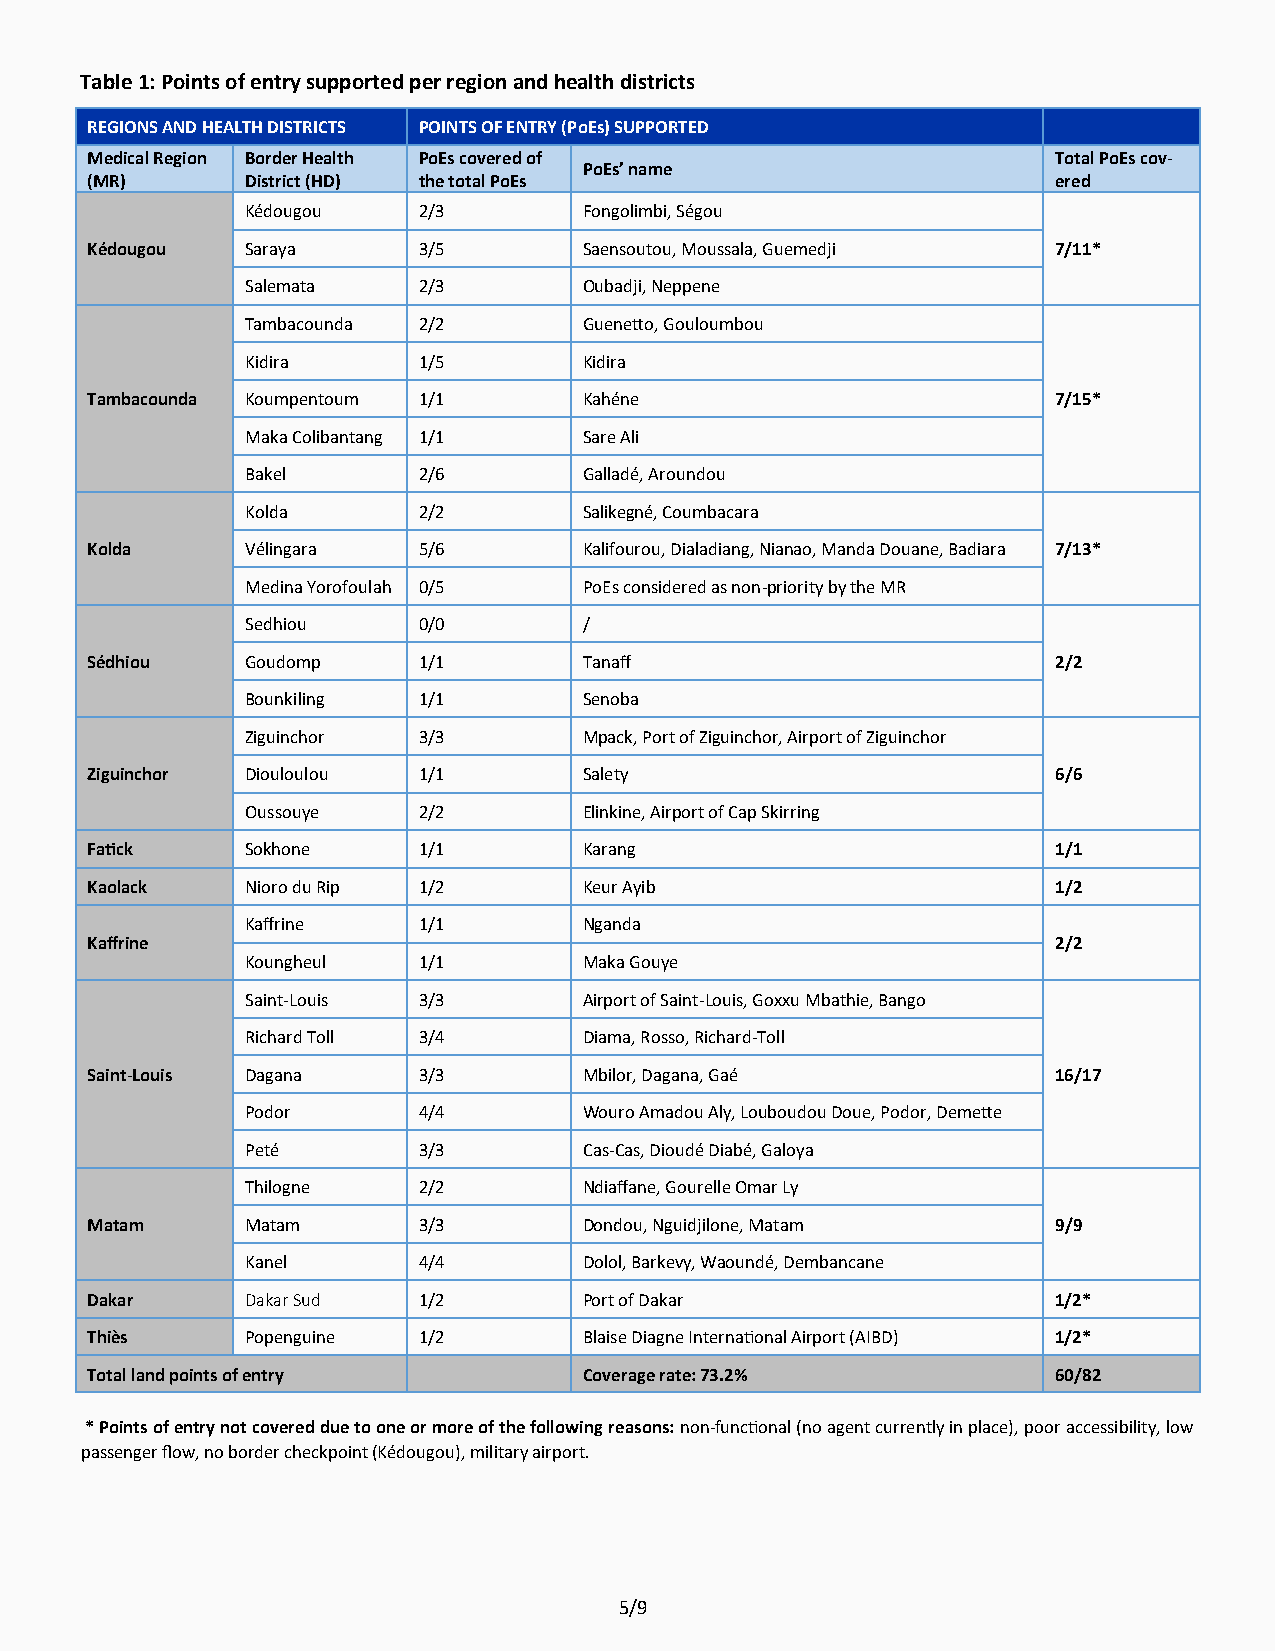
Table 1: Points of entry supported per region and health districts
 REGIONS AND HEALTH DISTRICTS POINTS OF ENTRY (PoEs) SUPPORTED
 Medical Region Border Health PoEs covered of                    Total PoEs cov-
 PoEs’ name
 (MR)      District (HD) the total PoEs                          ered
 Kédougou    2/3        Fongolimbi, Ségou
 Kédougou  Saraya      3/5        Saensoutou, Moussala, Guemedji 7/11*
 Salemata    2/3        Oubadji, Neppene
 Tambacounda 2/2        Guenetto, Gouloumbou
 Kidira      1/5        Kidira
 Tambacounda Koumpentoum 1/1      Kahéne                         7/15*
 Maka Colibantang 1/1   Sare Ali
 Bakel       2/6        Galladé, Aroundou
 Kolda       2/2        Salikegné, Coumbacara
 Kolda     Vélingara   5/6        Kalifourou, Dialadiang, Nianao, Manda Douane, Badiara 7/13*
 Medina Yorofoulah 0/5  PoEs considered as non-priority by the MR
 Sedhiou     0/0        /
 Sédhiou   Goudomp     1/1        Tanaff                         2/2
 Bounkiling  1/1        Senoba
 Ziguinchor  3/3        Mpack, Port of Ziguinchor, Airport of Ziguinchor
 Ziguinchor Diouloulou 1/1        Salety                         6/6
 Oussouye    2/2        Elinkine, Airport of Cap Skirring
 Fatick    Sokhone     1/1        Karang                         1/1
 Kaolack   Nioro du Rip 1/2       Keur Ayib                      1/2
 Kaffrine    1/1        Nganda
 Kaffrine                                                        2/2
 Koungheul   1/1        Maka Gouye
 Saint-Louis 3/3        Airport of Saint-Louis, Goxxu Mbathie, Bango
 Richard Toll 3/4       Diama, Rosso, Richard-Toll
 Saint-Louis Dagana    3/3        Mbilor, Dagana, Gaé            16/17
 Podor       4/4        Wouro Amadou Aly, Louboudou Doue, Podor, Demette
 Peté        3/3        Cas-Cas, Dioudé Diabé, Galoya
 Thilogne    2/2        Ndiaffane, Gourelle Omar Ly
 Matam     Matam       3/3        Dondou, Nguidjilone, Matam     9/9
 Kanel       4/4        Dolol, Barkevy, Waoundé, Dembancane
 Dakar     Dakar Sud   1/2        Port of Dakar                  1/2*
 Thiès     Popenguine  1/2        Blaise Diagne International Airport (AIBD) 1/2*
 Total land points of entry       Coverage rate: 73.2%           60/82
 * Points of entry not covered due to one or more of the following reasons: non-functional (no agent currently in place), poor accessibility, low
 passenger flow, no border checkpoint (Kédougou), military airport.
 5/9